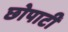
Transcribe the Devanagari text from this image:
छोपाटी